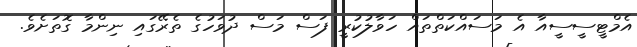
އެމްޓީސީސީއާ އެ މަސައްކަތްތައް ހަވާލުކުރީ ފަސް މަސް ދުވަހުގެ ތެރޭގައި ނިންމާ ގޮތަށެވެ.